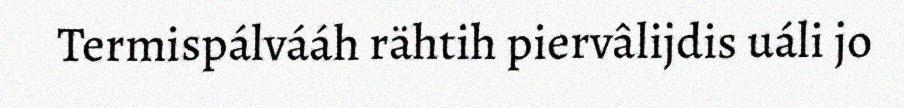
Termispálvááh rähtih piervâlijdis uáli jo